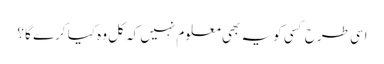
اسی طرح کسی کو یہ بھی معلوم نہیں کہ کل وہ کیا کرے گا ؟